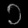
Digit: ၁